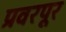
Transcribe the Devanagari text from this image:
प्रवरपूर